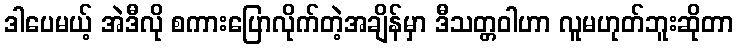
ဒါပေမယ့် အဲဒီလို စကားပြောလိုက်တဲ့အချိန်မှာ ဒီသတ္တဝါဟာ လူမဟုတ်ဘူးဆိုတာ